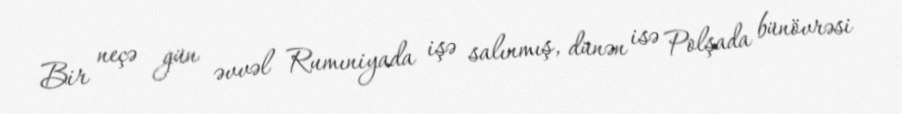
Bir neçə gün əvvəl Rumıniyada işə salınmış, dünən isə Polşada bünövrəsi